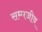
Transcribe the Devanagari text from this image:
सम्मजीव